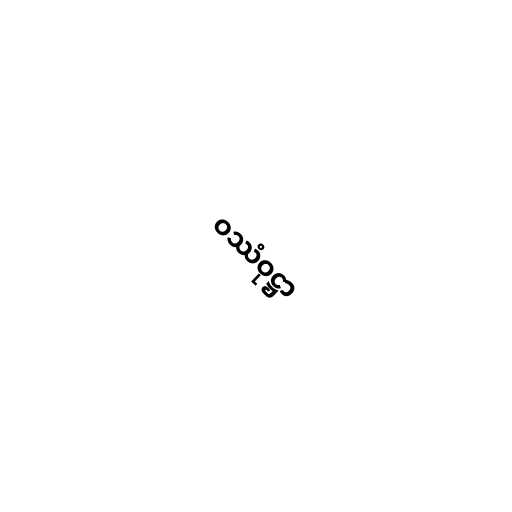
ဝဿံဝုဋ္ဌာ